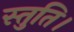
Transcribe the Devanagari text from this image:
स्तुति।